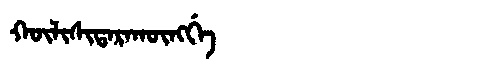
Manchu: ᡴᡡᠯᡳᠰᡳᡨᠠᡵᠠᡴᡡᠩᡤᡝ
Romanization: KŪLISITARAKŪNGGE